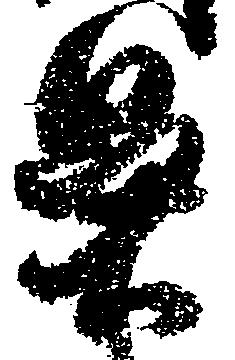
鼻